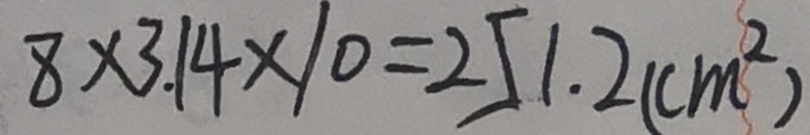
8 \times 3 . 1 4 \times 1 0 = 2 5 1 . 2 ( c m ^ { 2 } )